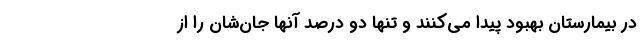
در بیمارستان بهبود پیدا می‌کنند و تنها دو درصد آنها جان‌شان را از